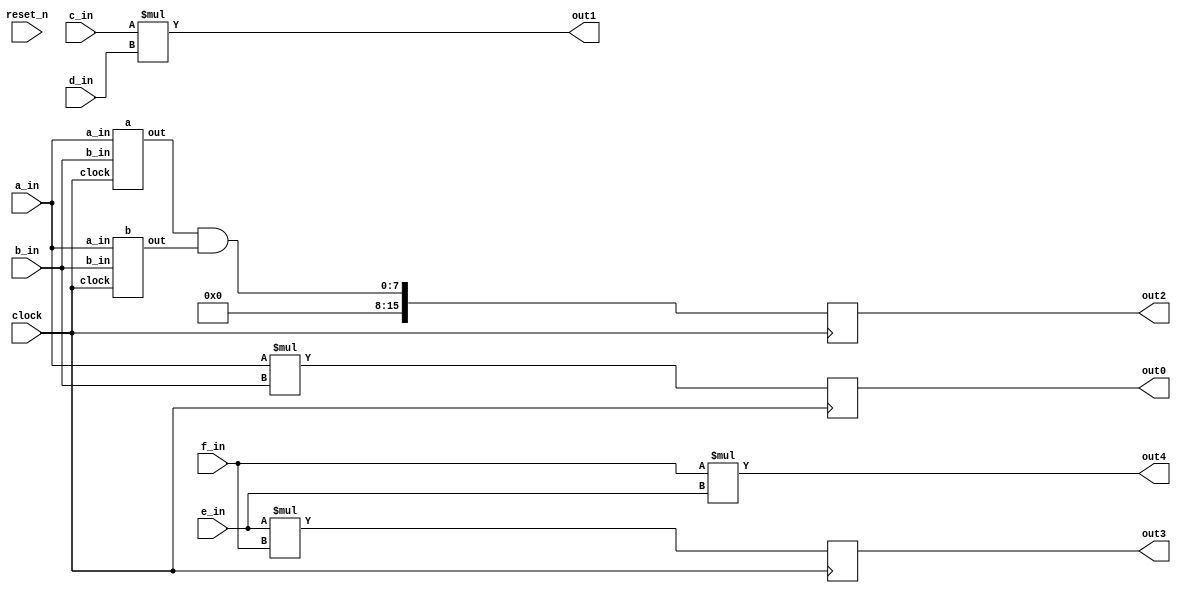
// DEFINES
`define BITS 8         // Bit width of the operands
`define B2TS 16         // Bit width of the operands

module 	bm_base_multiply(clock, 
		reset_n, 
		a_in, 
		b_in,
		c_in, 
		d_in, 
		e_in,
		f_in,
		out0,
		out2,
		out3,
		out4,
		out1);

// SIGNAL DECLARATIONS
input	clock;
input 	reset_n;

input [`BITS-1:0] a_in;
input [`BITS-1:0] b_in;
input [`BITS-1:0] c_in;
input [`BITS-1:0] d_in;
input [`BITS-1:0] e_in;
input [`BITS-2:0] f_in;

output [`B2TS-1:0] out0;
output [`B2TS-1:0] out1;
output [`B2TS-1:0] out2;
output [14:0] out3;
output [14:0] out4;

reg [`B2TS-1:0]    out0;
wire [`B2TS-1:0]    out1;
reg [`B2TS-1:0]    out2;
reg [14:0] out3;
wire [14:0] out4;

wire [`BITS-1:0] temp_a;
wire [`BITS-1:0] temp_b;
wire temp_c;
wire temp_d;

a top_a(clock, a_in, b_in, temp_a);
b top_b(clock, a_in, b_in, temp_b);

always @(posedge clock)
begin
	out0 <= a_in * b_in;
	out2 <= temp_a & temp_b;
	out3 <= e_in * f_in;
end

assign out1 = c_in * d_in;
assign out4 = f_in * e_in;

endmodule

/*---------------------------------------------------------*/
module a(clock,
		a_in,
		b_in,
		out);

input	clock;
input [`BITS-1:0] a_in;
input [`BITS-1:0] b_in;
output [`BITS-1:0]    out;
reg [`BITS-1:0]    out;

always @(posedge clock)
begin
	out <= a_in & b_in;
end

endmodule

/*---------------------------------------------------------*/
module b(clock,
		a_in,
		b_in,
		out);

input	clock;
input [`BITS-1:0] a_in;
input [`BITS-1:0] b_in;
wire [`BITS-1:0] temp;
output [`BITS-1:0] out;
reg [`BITS-1:0] out;

a my_a(clock, a_in, b_in, temp);

always @(posedge clock)
begin
	out <= a_in & temp;
end

endmodule